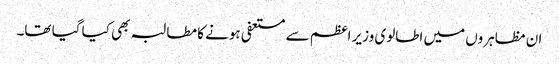
ان مظاہروں میں اطالوی وزیر اعظم سے مستعفی ہونے کا مطالبہ بھی کیا گیا تھا۔